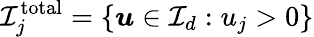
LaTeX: {\mathcal{I}}_{j}^{\mathrm{total}}=\{ {\boldsymbol{u}}\in{\mathcal{I}}_{d}:u_{j}>0\}